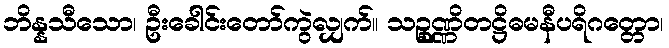
ဘိန္နသီသော၊ ဦးခေါင်းတော်ကွဲလျှက်။ သဉ္စုဏ္ဏိတဋ္ဌိဓမနီပရိဂတ္တော၊